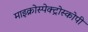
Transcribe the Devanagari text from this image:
माइक्रोस्पेक्ट्रोस्कोपी